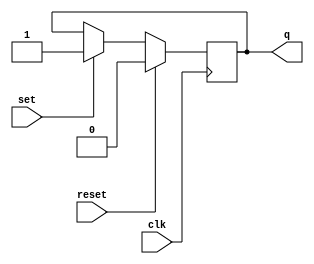
module sr_flip_flop (
    input wire clk,
    input wire reset,
    input wire set,
    output reg q
);

always @(posedge clk) begin
    if (reset)
        q <= 1'b0;
    else if (set)
        q <= 1'b1;
end

endmodule